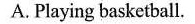
A.Playing basketball.